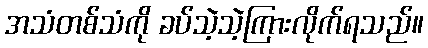
အသံတစ်သံကို ခပ်သဲ့သဲ့ကြားလိုက်ရသည်။